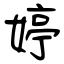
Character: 婷